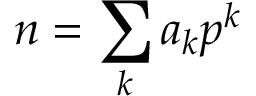
n = \sum _ { k } a _ { k } p ^ { k }